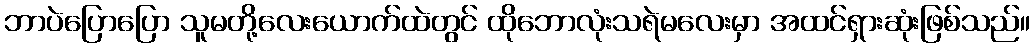
ဘာပဲပြောပြော သူမတို့လေးယောက်ထဲတွင် ထိုဘောလုံးသရဲမလေးမှာ အထင်ရှားဆုံးဖြစ်သည်။